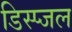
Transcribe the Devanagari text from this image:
डिस्प्जल